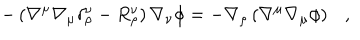
- \left( \nabla ^ { \mu } \nabla _ { \mu } \delta _ { \rho } ^ { \nu } - R _ { \rho } ^ { \nu } \right) \nabla _ { \nu } \phi = - \nabla _ { \rho } \left( \nabla ^ { \mu } \nabla _ { \mu } \phi \right) ,